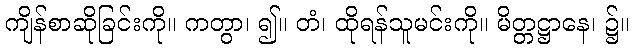
ကျိန်စာဆိုခြင်းကို။ ကတွာ၊ ၍။ တံ၊ ထိုရန်သူမင်းကို။ မိတ္တဋ္ဌာနေ၊ ၌။